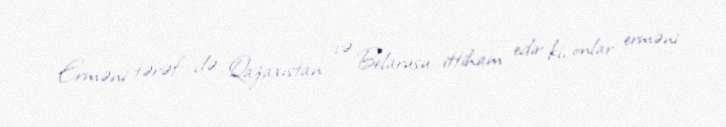
Erməni tərəf də Qazaxıstan və Belarusu ittiham edir ki, onlar erməni